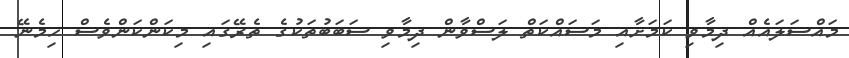
މައްސަލައެއް ދިމާވި ކަމަށާއި މަސައްކަތް ލަސްވާން ދިމާވި ސަބަބުތަކުގެ ތެރޭގައި މިކަންކަންވެސް ހިމެނޭ